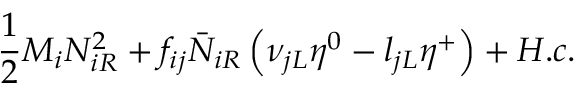
\frac 1 2 M _ { i } N _ { i R } ^ { 2 } + f _ { i j } \bar { N } _ { i R } \left( \nu _ { j L } \eta ^ { 0 } - l _ { j L } \eta ^ { + } \right) + H . c .